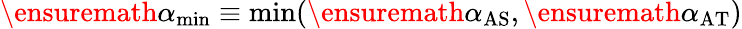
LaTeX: \ensuremath{\alpha_{\mathrm{min}}}\equiv\operatorname*{min}(\ensuremath{\alpha_{\mathrm{AS}}},\ensuremath{\alpha_{\mathrm{AT}}})